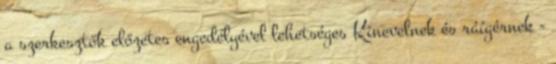
a szerkesztők előzetes engedélyével lehetséges Kinevelnek és ráígérnek -